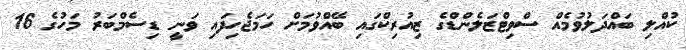
ކުއްލި ބައްދަލުވުމެއް ސްވިޓްޒަލެންޑްގެ ޒިއުރިކްގައި ބޭއްވުމަށް ހަމަޖެހިފައި ވަނީ ޑިސެމްބަރު މަހުގެ 16